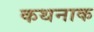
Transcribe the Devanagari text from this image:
कथनाक